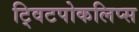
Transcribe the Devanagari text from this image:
ट्विटपोकलिप्स